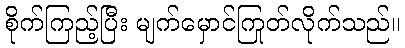
စိုက်ကြည့်ပြီး မျက်မှောင်ကြုတ်လိုက်သည်။